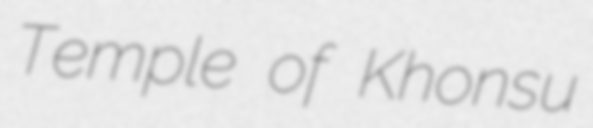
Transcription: Temple of Khonsu